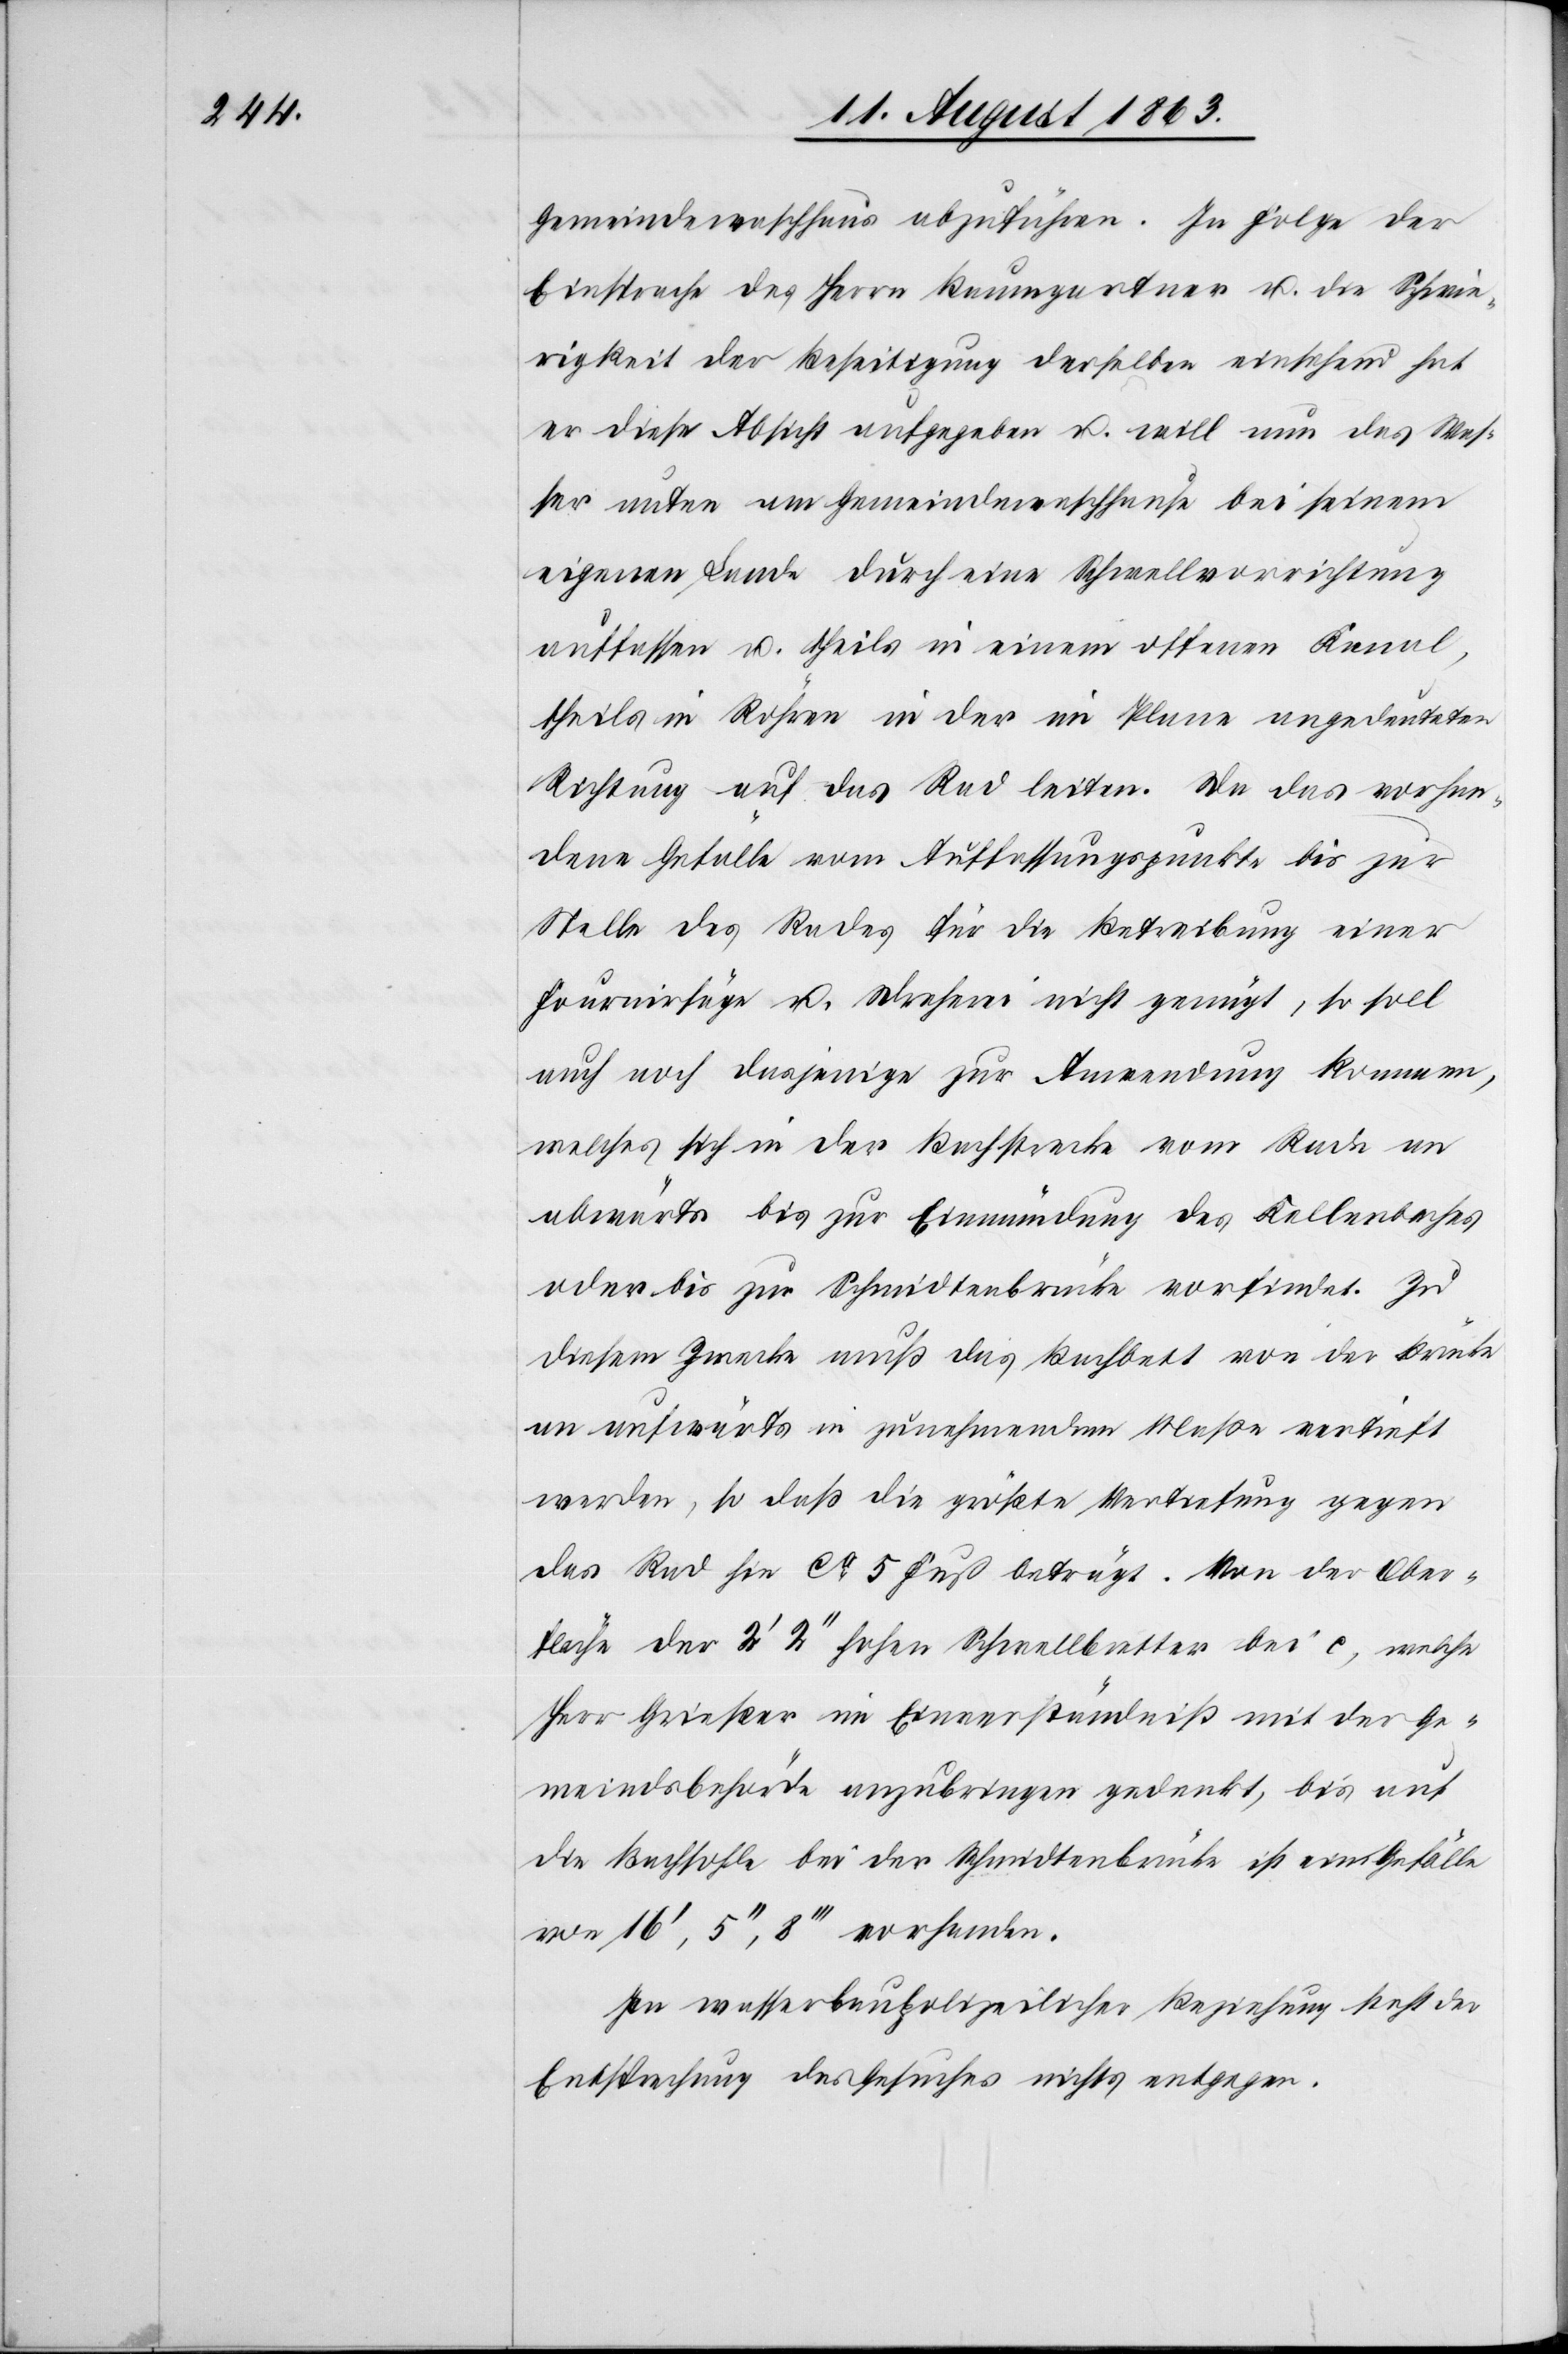
Gemeindewaschhaus abzuführen. In Folge der
Einsprache des Herrn Baumgartner u. die Schwie¬
rigkeit der Beseitigung derselben einsehend hat
er diese Absicht aufgegeben u. will nun das Was¬
ser unten am Gemeindewaschhause bei seinem
eigenen Lande durch eine Schwellvorrichtung
auffassen u. theils in einem offenen Kanal,
theils in Röhren in der im Plane angedeuteten
Richtung auf das Rad leiten. Da das vorhan¬
dene Gefälle vom Auffassungspunkte bis zur
Stelle des Rades für die Betreibung einer
Fournirsäge u. Dreherei nicht genügt, so soll
auch noch dasjenige zur Anwendung kommen,
welches sich in der Bachstrecke vom Rade an
abwärts bis zur Einmündung des Kellerbaches
oder bis zur Schmidtenbrücke vorfindet. Zu
diesem Zwecke muß das Bachbett von der Brücke
an aufwärts in zunehmendem Maße vertieft
werden, so daß die größte Vertiefung gegen
das Rad hin ca 5 Fuß beträgt. Von der Ober¬
fläche der 2' 2'' hohen Schwellbretter bei c, welche
Herr Grießer im Einverständniß mit der Ge¬
meindsbehörde anzubringen gedenkt, bis auf
die Bachsohle bei der Schmidtenbrücke ist ein Gefälle
von 16', 5'', 8''' vorhanden.
In wasserbaupolizeilicher Beziehung steht der
Entsprechung des Gesuches nichts entgegen.